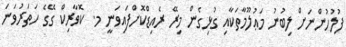
ފުލުހުންނަށް ލިބުނު މަޢުލޫމާތަކާއި ގުޅިގެން މިރޭ ރެއިޑްކޮށްފައިވަނީ މ. ކޮވާރިކް ގޭގެ ހަތަރުވަނަ